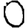
Digit: 0